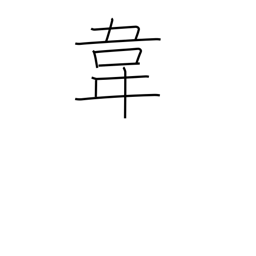
Meaning: tanned leather radical (no. 178)